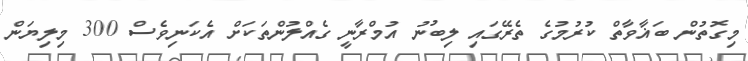
މިގޮތުން ބަޣާވާތް ކުރުމުގެ ތެރޭގައި ލިބުނު އުމްރާނީ ގެއްލުންތަކަށް އެކަނިވެސް 300 މިލިޔަން